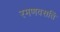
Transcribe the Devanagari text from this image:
रमणवसतिं